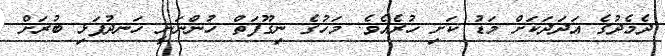
ދެމެދުގެ އަދަދަކަށް މަޑު ކަށި ހުރެއެވެ. މަހުގެ ނިގޫފަތް ހުންނަނީ ހަނދުފަޅި ބުރަށް